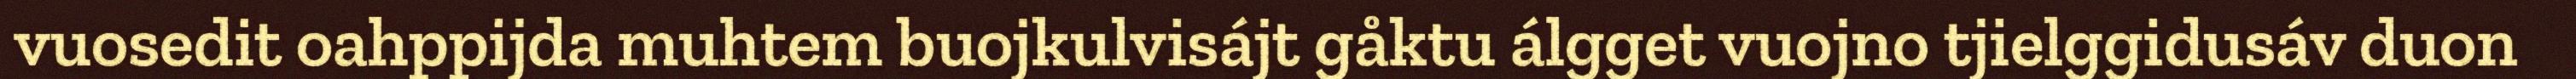
vuosedit oahppijda muhtem buojkulvisájt gåktu álgget vuojno tjielggidusáv duon